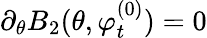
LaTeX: \partial_{\theta}B_{2}(\theta,\varphi_{t}^{(0)})=0